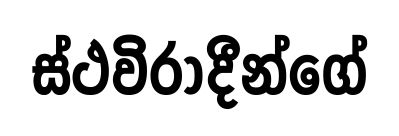
ස්ථවිරාදීන්ගේ